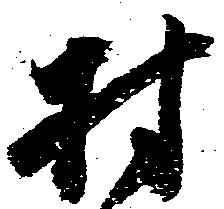
村